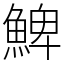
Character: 䱝